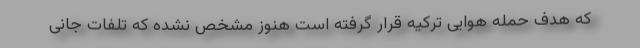
که هدف حمله هوایی ترکیه قرار گرفته است هنوز مشخص نشده که تلفات جانی